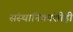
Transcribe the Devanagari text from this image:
संस्‍थानिकांशीही